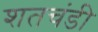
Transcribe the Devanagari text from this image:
शतचंडी